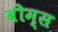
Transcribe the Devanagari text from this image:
वीम्स